Indian journal of veterinary science and animal husbandry - Volume 1,
Year: 1931
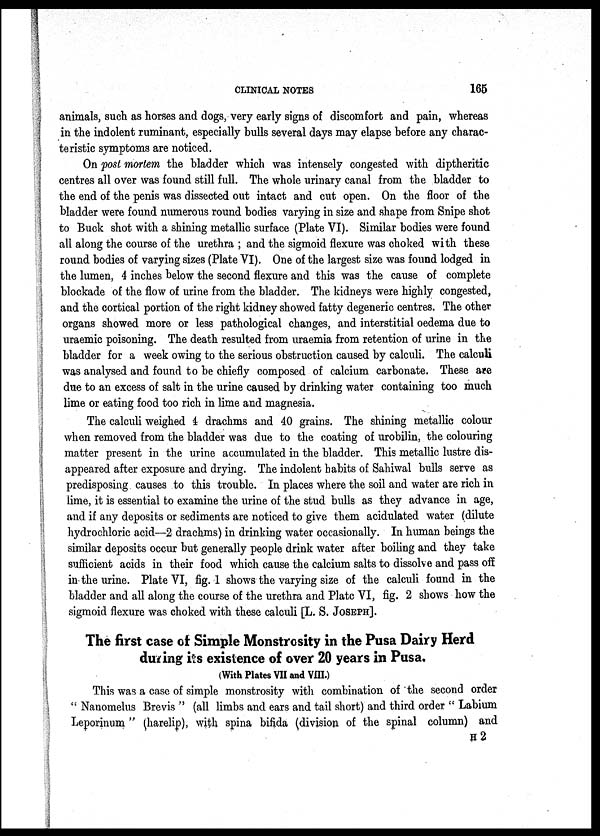
CLINICAL NOTES
165
animals, such as horses and dogs, very early signs of discomfort and pain, whereas
in the indolent ruminant, especially bulls several days may elapse before any charac-
teristic symptoms are noticed.
On post mortem the bladder which was intensely congested with diptheritic
centres all over was found still full. The whole urinary canal from the bladder to
the end of the penis was dissected out intact and cut open. On the floor of the
bladder were found numerous round bodies varying in size and shape from Snipe shot
to Buck shot with a shining metallic surface (Plate VI). Similar bodies were found
all along the course of the urethra ; and the sigmoid flexure was choked with these
round bodies of varying sizes (Plate VI). One of the largest size was found lodged in
the lumen, 4 inches below the second flexure and this was the cause of complete
blockade of the flow of urine from the bladder. The kidneys were highly congested,
and the cortical portion of the right kidney showed fatty degeneric centres. The other
organs showed more or less pathological changes, and interstitial oedema due to
uraemic poisoning. The death resulted from uraemia from retention of urine in the
bladder for a week owing to the serious obstruction caused by calculi. The calculi
was analysed and found to be chiefly composed of calcium carbonate. These are
due to an excess of salt in the urine caused by drinking water containing too much
lime or eating food too rich in lime and magnesia.
The calculi weighed 4 drachms and 40 grains. The shining metallic colour
when removed from the bladder was due to the coating of urobilin, the colouring
matter present in the urine accumulated in the bladder. This metallic lustre dis-
appeared after exposure and drying. The indolent habits of Sahiwal bulls serve as
predisposing causes to this trouble. In places where the soil and water are rich in
lime, it is essential to examine the urine of the stud bulls as they advance in age,
and if any deposits or sediments are noticed to give them acidulated water (dilute
hydrochloric acid—2 drachms) in drinking water occasionally. In human beings the
similar deposits occur but generally people drink water after boiling and they take
sufficient acids in their food which cause the calcium salts to dissolve and pass off
in the urine. Plate VI, fig. 1 shows the varying size of the calculi found in the
bladder and all along the course of the urethra and Plate VI, fig. 2 shows how the
sigmoid flexure was choked with these calculi [L. S. JOSEPH].
The first case of Simple Monstrosity in the Pusa Dairy Herd
during its existence of over 20 years in Pusa.
(With Plates VII and VIII.)
This was a case of simple monstrosity with combination of the second order
" Nanomelus Brevis " (all limbs and ears and tail short) and third order " Labium
Leporinum " (harelip), with spina bifida (division of the spinal column) and
H 2